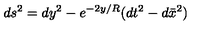
d s ^ { 2 } = d y ^ { 2 } - e ^ { - 2 y / R } ( d t ^ { 2 } - d \bar { x } ^ { 2 } )